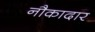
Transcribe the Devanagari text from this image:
नौकादार